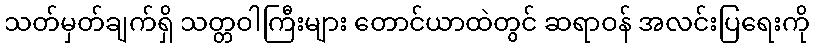
သတ်မှတ်ချက်ရှိ သတ္တဝါကြီးများ တောင်ယာထဲတွင် ဆရာဝန် အလင်းပြရေးကို